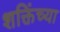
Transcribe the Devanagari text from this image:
शक्तिंच्या